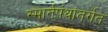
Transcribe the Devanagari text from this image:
स्मार्तपंथांतर्गत